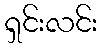
ရှင်းလင်း